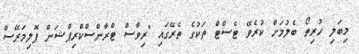
މިބަލި ހުރިތޯ ބެލުމަށް ކުރެވޭ ޓެސްޓް ތަކުގެ ތެރޭގައި "ރިވާސް ޓްރާންސްކްރިޕްޝަން ޕޮލިމަރޭސް